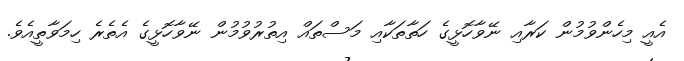
އެއީ މިހެންވުމުން ކަރާއި ނޭވާހޮޅީގެ ހަތާތަކާއި މަސްތައް އިތުރުވުމުން ނޭވާހޮޅީގެ އެތެރެ ހިމަވާތީއެވެ.